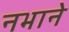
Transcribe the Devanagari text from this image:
नभाने